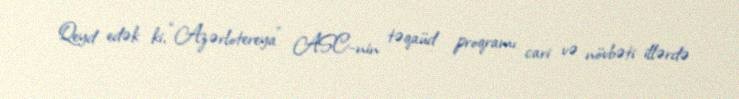
Qeyd edək ki, “Azərlotereya” ASC-nin təqaüd proqramı cari və növbəti illərdə